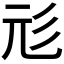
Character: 𢒇